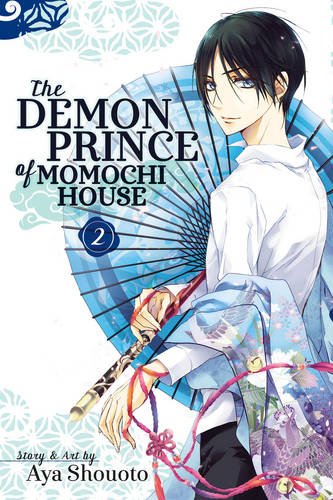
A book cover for The Demon Prince of Momochi House, Vol. 2; Aya Shouoto; Comics & Graphic Novels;